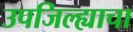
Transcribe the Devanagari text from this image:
उपजिल्ह्याचा